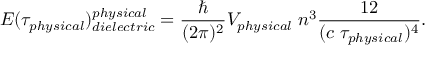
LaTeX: E ( \tau _ { \small p h y s i c a l } ) _ { \small d i e l e c t r i c } ^ { \small p h y s i c a l } = { \frac { \hbar } { ( 2 \pi ) ^ { 2 } } } V _ { \small p h y s i c a l } \; n ^ { 3 } { \frac { 1 2 } { ( c \; \tau _ { \small p h y s i c a l } ) ^ { 4 } } } .